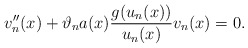
\begin{align*}v''_{n}(x)+ \vartheta_{n}a(x)\dfrac{g(u_{n}(x))}{u_{n}(x)}v_{n}(x)=0.\end{align*}